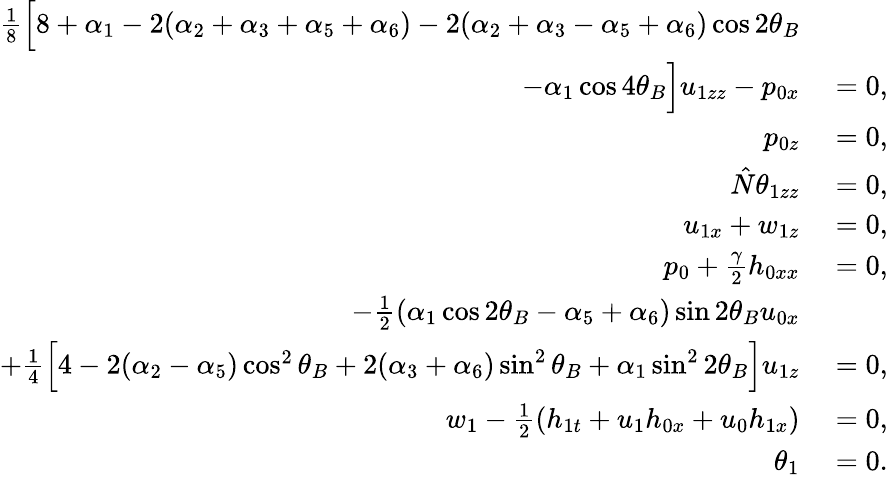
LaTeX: \begin{array}{rl}{\frac{1}{8}\Big[8+\alpha_{1}-2(\alpha_{2}+\alpha_{3}+\alpha_{5}+\alpha_{6})-2(\alpha_{2}+\alpha_{3}-\alpha_{5}+\alpha_{6})\cos{2\theta_{B}}}\\ {-\alpha_{1}\cos{4\theta_{B}}\Big]u_{1zz}-p_{0x}}&{{}=0,}\\ {p_{0z}}&{{}=0,}\\ {\hat{N}\theta_{1zz}}&{{}=0,}\\ {u_{1x}+w_{1z}}&{{}=0,}\\ {p_{0}+\frac{\gamma}{2}h_{0xx}}&{{}=0,}\\ {-\frac{1}{2}(\alpha_{1}\cos{2\theta_{B}}-\alpha_{5}+\alpha_{6})\sin{2\theta_{B}}u_{0x}}\\ {+\frac{1}{4}\Big[4-2(\alpha_{2}-\alpha_{5})\cos^{2}{\theta_{B}}+2(\alpha_{3}+\alpha_{6})\sin^{2}{\theta_{B}}+\alpha_{1}\sin^{2}{2\theta_{B}}\Big]u_{1z}}&{{}=0,}\\ {w_{1}-\frac{1}{2}(h_{1t}+u_{1}h_{0x}+u_{0}h_{1x})}&{{}=0,}\\ {\theta_{1}}&{{}=0.}\end{array}